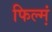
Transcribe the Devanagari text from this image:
फिल्‍म्‍ा